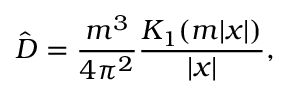
\hat { D } = \frac { m ^ { 3 } } { 4 \pi ^ { 2 } } \frac { K _ { 1 } ( m | x | ) } { \left| x \right| } ,